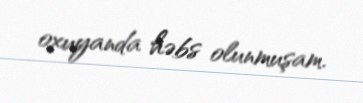
oxuyanda həbs olunmuşam.